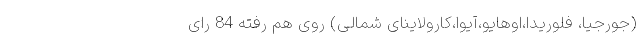
(جورجیا، فلوریدا،اوهایو،آیوا،کارولاینای شمالی) روی هم رفته 84 رای